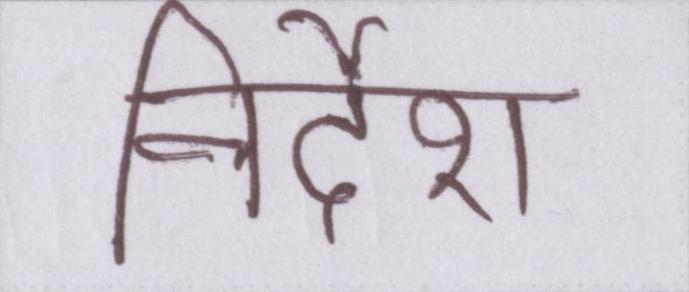
निर्देश